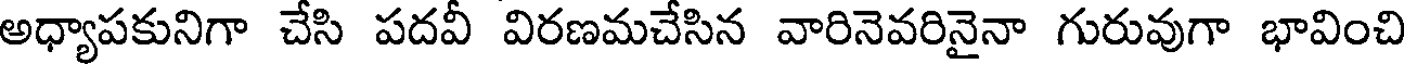
అధ్యాపకునిగా చేసి పదవీ విరణమచేసిన వారినెవరినైనా గురువుగా భావించి